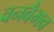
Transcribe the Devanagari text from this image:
वनवैभव